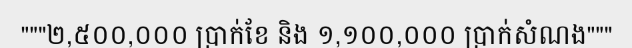
"""២,៥០០,០០០ ប្រាក់ខែ និង ១,១០០,០០០ ប្រាក់សំណង"""